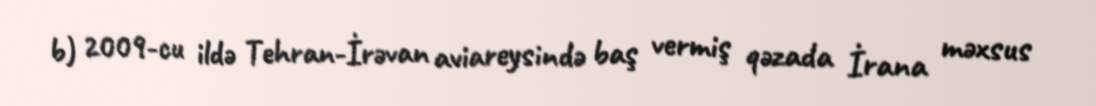
b) 2009-cu ildə Tehran-İrəvan aviareysində baş vermiş qəzada İrana məxsus